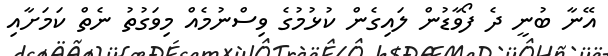
އޭނާ ބުނީ ދެ ފޯވާޑުން ލައިގެން ކުޅުމުގެ ވިސްނުމެއް މިވަގުތު ނެތް ކަމަށާއި